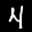
Label: 4